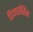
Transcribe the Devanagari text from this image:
डियाएरेसिस